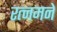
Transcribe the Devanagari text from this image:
रत्नमने